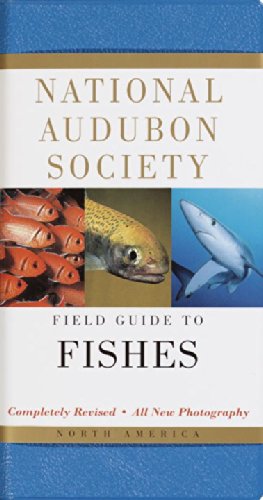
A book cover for National Audubon Society Field Guide to North American Fishes; NATIONAL AUDUBON SOCIETY; Science & Math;